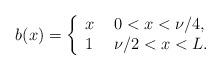
LaTeX: \begin{align*}b(x) = \left\{ \begin{array}{ll}x & \ 0<x<\nu /4 ,\\1 & \ \nu /2 <x<L. \end{array}\right.\end{align*}